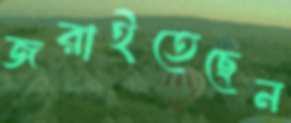
জরাইতেছেন